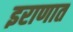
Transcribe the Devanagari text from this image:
इराणात